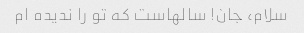
سلام، جان! سالهاست که تو را ندیده ام